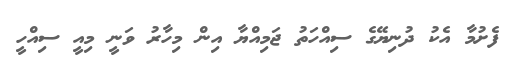
ފެށުމާ އެކު ދުނިޔޭގެ ސިއްހަތު ޖަމިއްޔާ އިން މިހާރު ވަނީ މިއީ ސިއްހީ